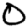
Digit: 0